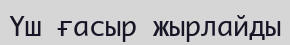
Үш ғасыр жырлайды